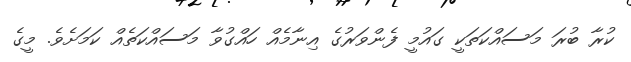
ކުރާ ބުރަ މަސައްކަތަކީ ގައުމީ ފެންވަރުގެ އިނާމެއް ހައްގުވާ މަސައްކަތެއް ކަމަށެވެ. މީގެ